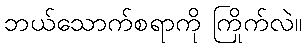
ဘယ်သောက်စရာကို ကြိုက်လဲ။